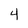
Character: 4